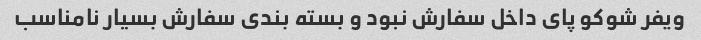
ویفر شوکو پای داخل سفارش نبود و بسته بندی سفارش بسیار نامناسب